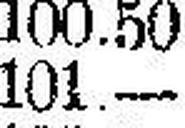
101.—